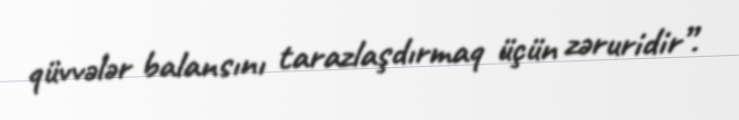
qüvvələr balansını tarazlaşdırmaq üçün zəruridir”.